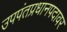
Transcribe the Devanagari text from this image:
उपपंतप्रधानपदावर